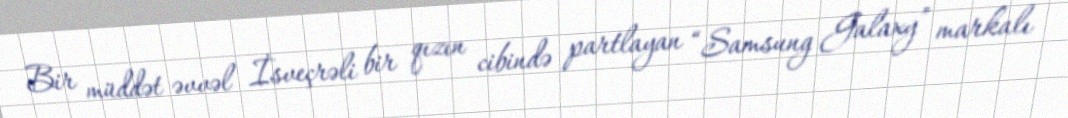
Bir müddət əvvəl İsveçrəli bir qızın cibində partlayan “Samsung Galaxy” markalı